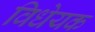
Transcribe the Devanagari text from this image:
विधेयक